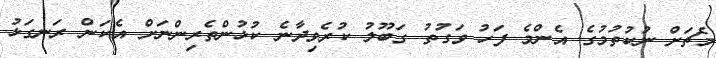
މެޗަށް ނުކުތުމުގެ އެންމެ ފަހު ވަގުތު ގަބޫލު ކުރެވިދާނެ ކުޅުންތެރިންނަށް އެކަން ރަނގަޅު